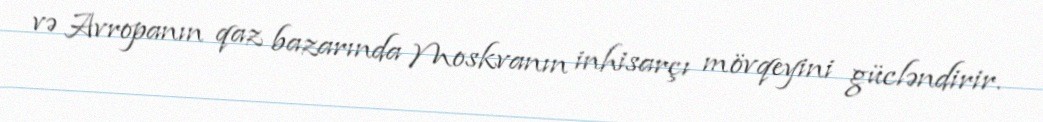
və Avropanın qaz bazarında Moskvanın inhisarçı mövqeyini gücləndirir.